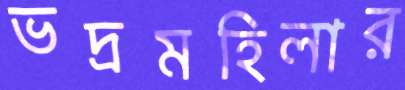
ভদ্রমহিলার